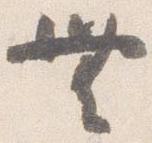
無